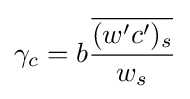
\gamma _{c}=b{\frac {\overline {(w'c')_{s}}}{w_{s}}}